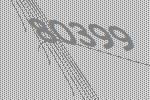
80399